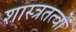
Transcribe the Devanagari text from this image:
शास्त्रतत्वों